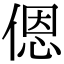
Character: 𫣆